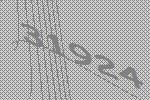
31924